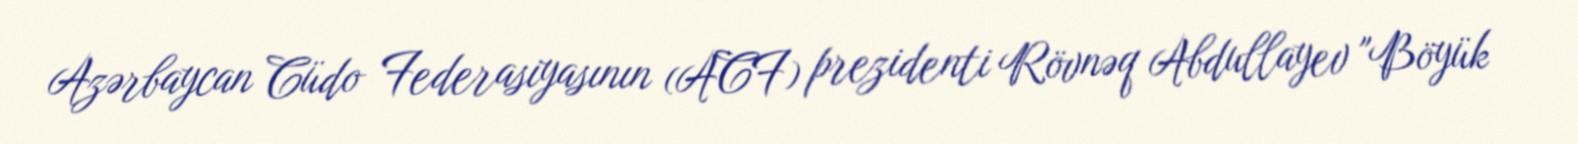
Azərbaycan Cüdo Federasiyasının (ACF) prezidenti Rövnəq Abdullayev "Böyük